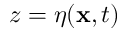
z = \eta ( \mathbf { x } , t )